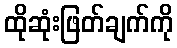
ထိုဆုံးဖြတ်ချက်ကို